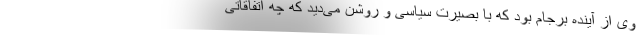
وی از آینده برجام بود که با بصیرت سیاسی و روشن می‌دید که چه اتفاقاتی